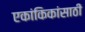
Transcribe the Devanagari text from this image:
एकांकिकांसाठी